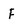
Character: F